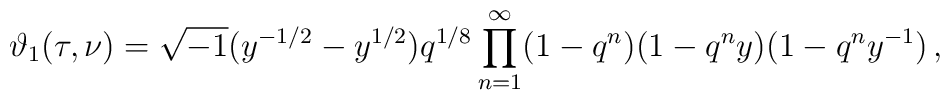
\vartheta_1(\tau,\nu)= \sqrt{-1}(y^{-1/2}-y^{1/2})q^{1/8}\prod_{n=1}^\infty (1-q^n)(1-q^n y)(1-q^ny^{-1})\,,